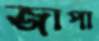
জাপা